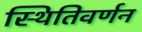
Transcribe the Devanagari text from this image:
स्थितिवर्णन